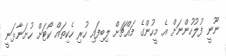
ނޫނީ ފުލުހުންނަށް އެ މީހުންގެ މައްޗަށް ލިބިފައި ހުރި ހެކިތައް ކޯޓަށް ހުށަނާޅަނީ